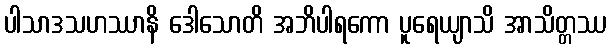
ပါသာဒသဟဿာနိ ဒေါသောတိ အဘိပါရကော ပူရေယျာသိ အာသိတ္တဿ